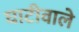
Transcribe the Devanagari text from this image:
घाटीवाले